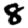
Digit: 8